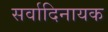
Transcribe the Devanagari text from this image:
सर्वादिनायक